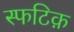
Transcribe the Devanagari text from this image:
स्फटिक़